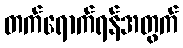
တက်ရောက်ရန်အတွက်